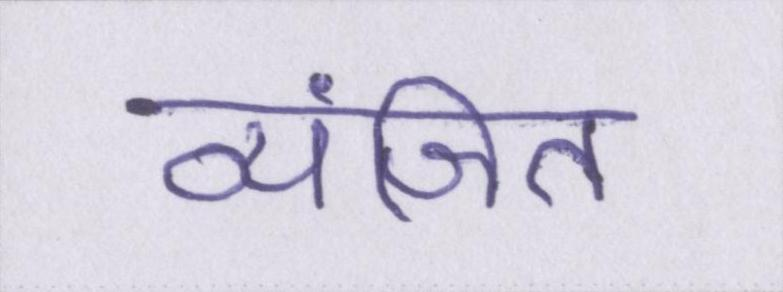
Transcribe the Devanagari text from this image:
व्यंजित